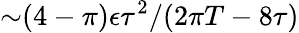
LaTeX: {\sim}(4-\pi)\epsilon\tau^{2}/(2\pi T-8\tau)